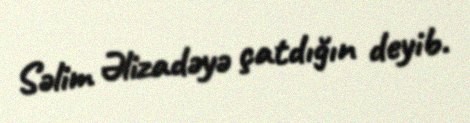
Səlim Əlizadəyə çatdığın deyib.